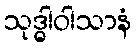
သုဒ္ဓါဝါသာနံ